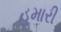
હમારી